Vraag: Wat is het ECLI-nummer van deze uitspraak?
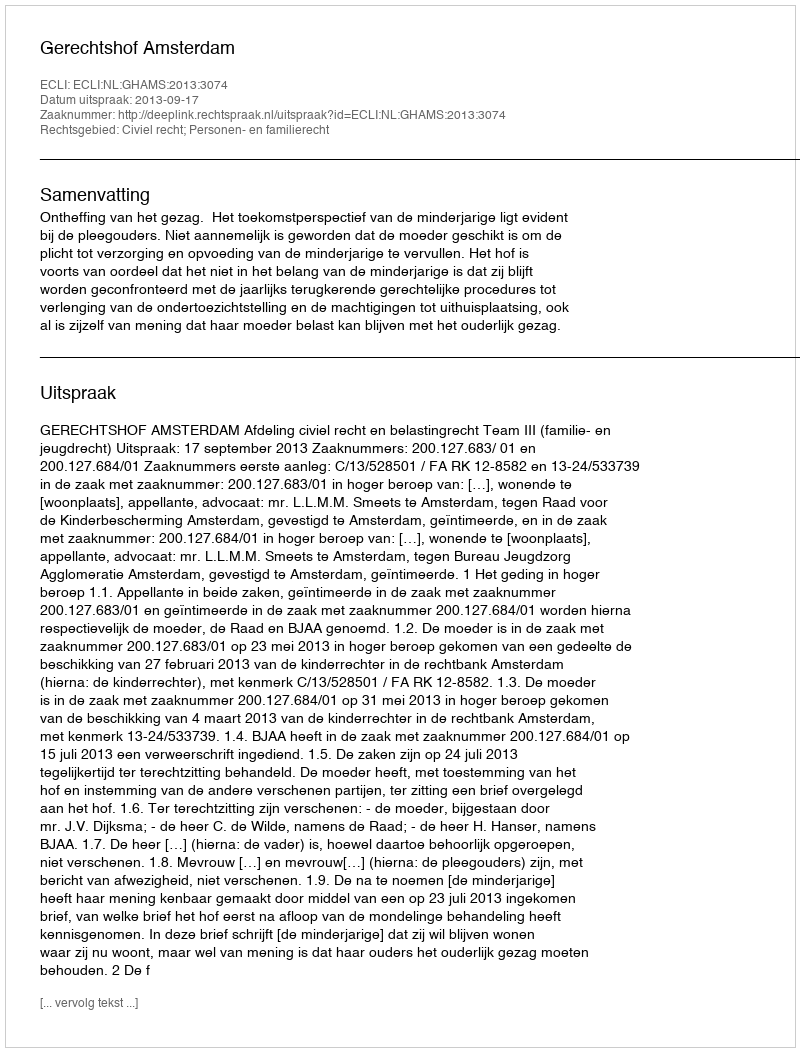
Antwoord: ECLI:NL:GHAMS:2013:3074